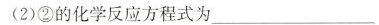
(2)②的化学反应方程式为\underline；